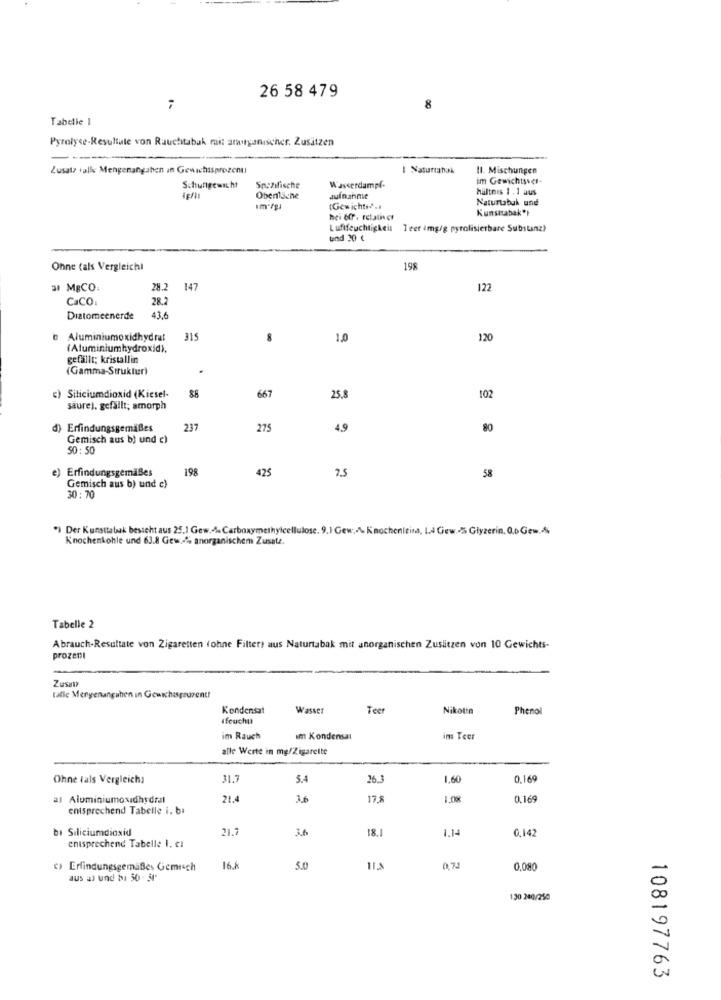
26 58 479
8
Tabelle 1
Pyrolyse-Resultate von Rauchtabak mai: amorganischer. Zusätzen
-----
Zusatz ialle Mengenangaben in Gewichtsprozent
I Naturtahak
Il. Mischungen
im Gewichtsser-
Schungewicht
Spezifische
Wasserdampf-
hältnis 1 . 1 aus
Obenläche
Julfanme
Naturtabuk und
(Gewichti) ..
Kunsttabak"I
hei 607 . retainer
Luftfeuchtigkeit Teer img/g pyrolisierbare Substanz?
tind 20 €
Ohne (als Vergleicht
198
a M&CO
28.2
147
122
Caco
28.2
Diatomeenerde
43.6
Aluminiumoxidhydrat
315
8
1.0
120
(Aluminiumhydroxid),
gefällt; kristallin
(Gamma-Struktur)
c) Siliciumdioxid (Kiesel-
667
25.8
102
saure). gefällt; amorph
d) Erfindungsgemäßes
237
275
4.9
80
Gemisch aus b) und c)
50 : 50
Erfindungsgemäßes
198
425
7.5
58
Gemisch aus b) und e)
30:70
") Der Kunsttabak besteht aus 25.1 Gew. %% Carboxymethylcellulose. 9.1 Gew; \ Knochenleina, I.4 Gew-55 Glyzerin, 0,6 Gew,&
Knochenkohle und 63.8 Gew .- % anorganischem Zusatz.
Tabelle 2
Abrauch-Resultate von Zigaretten (ohne Filters aus Naturtabak mit anorganischen Zusitzen von 10 Gewichts-
prozeni
Zusal
talle Menyenangwhen in Gewichasprozent!
Kondensat
Wasser
Teer
Nikotin
Phenol
feuchtt
im Rauch
im Kondensat
im Teer
alle Werte in mg/Zigarette
Ohne tals Vergleichs
31.7
5.4
26.3
1,60
0,169
al Aluminiumoxidhydral
21.4
17.5
1.00€
0.169
entsprechend Tabelle i. b.
bi Siliciumdioxid
21.7
I8.
1.14
0.142
entsprechend Tabelle 1. cl
c) Erfindungsgemäßes Gemisch
16.8
5.0
0.72
0,080
aus a) und ba 50- 50
130 240/250
108197763